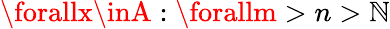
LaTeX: \forallx\inA:\forallm>n>\mathbb{N}